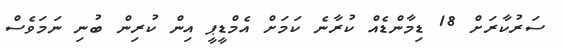
ސަރުކާރަށް 18 ޑިމާންޑެއް ކުރާނެ ކަމަށް އެމްޑީޕީ އިން ކުރިން ބުނި ނަމަވެސް